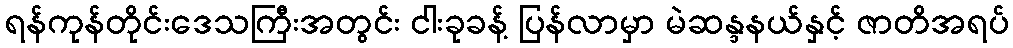
ရန်ကုန်တိုင်းဒေသကြီးအတွင်း ငါးခုခန့် ပြန်လာမှာ မဲဆန္ဒနယ်နှင့် ဇာတိအရပ်